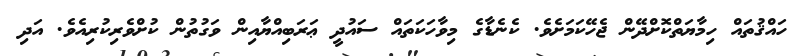
ހައްޤުތައް ހިމާޔަތްކޮށްދޭން ޖެހޭކަމަށެވެ. ކެނެޑާގެ މިވާހަކަތައް ސައުދީ ޢަރަބިއްޔާއިން ވަގުތުން ކުށްވެރިކުރިއެވެ. އަދި